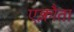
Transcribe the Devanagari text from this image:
एक्लौता